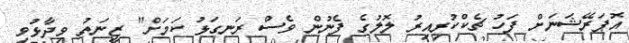
އޮޕަރޭޝަނަށް ފަހު ޗެކްކުރިއިރު ލޮލުގެ ފެނުން ވެސް ރަނގަޅު ކަމަށް" ޒީނަތު ވިދާޅުވި